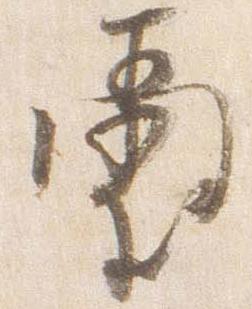
璽